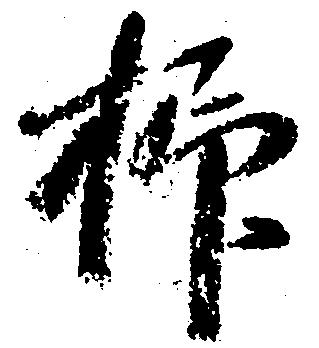
抑